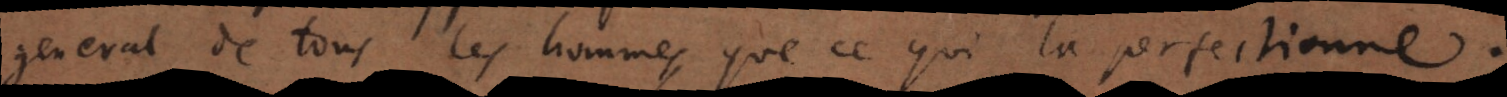
general de tous les hommes, que ce qui la perfectionne.